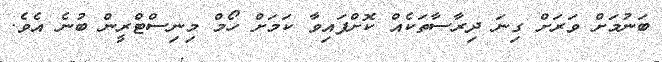
ބަނުމަށް ވަރަށް ގިނަ ދިރާސާތަކެއް ކޮށްފައިވާ ކަމަށް ހޯމް މިނިސްޓްރީން ބުނެ އެވެ.